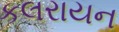
કલરાયન